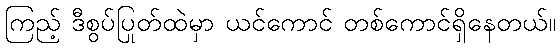
ကြည့် ဒီစွပ်ပြုတ်ထဲမှာ ယင်ကောင် တစ်ကောင်ရှိနေတယ်။